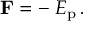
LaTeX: \mathbf { F } = - \mathbf { \nabla } E _ { \mathrm { p } } \, .